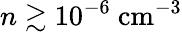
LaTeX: n\gtrsim 10^{-6}~\mathrm{cm}^{-3}